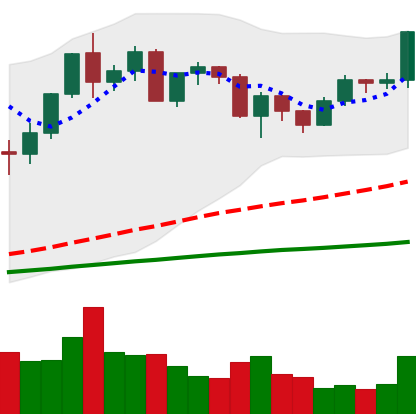
Ticker: ETH-USD
Chart end date: 2020-12-16
Forward return: -4.144%
Label: down_3_5